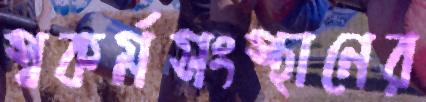
স্বকর্মসংস্থানের